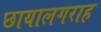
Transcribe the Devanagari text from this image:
छायालगराह